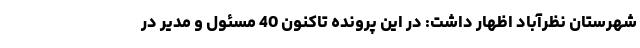
شهرستان نظرآباد اظهار داشت: در این پرونده تاکنون 40 مسئول و مدیر در